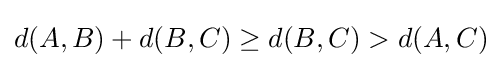
d(A,B)+d(B,C)\geq d(B,C)>d(A,C)